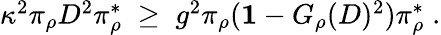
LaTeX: \begin{array}{r}{\kappa^{2}\pi_{\rho}D^{2}\pi_{\rho}^{*}\; \geq\; g^{2}\pi_{\rho}({\mathbf 1}-G_{\rho}(D)^{2})\pi_{\rho}^{*}\; .}\end{array}